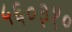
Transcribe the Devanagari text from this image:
५६०३१०